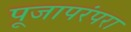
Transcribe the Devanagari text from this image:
पूजापरंपरा